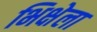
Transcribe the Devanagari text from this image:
भिक्षेला